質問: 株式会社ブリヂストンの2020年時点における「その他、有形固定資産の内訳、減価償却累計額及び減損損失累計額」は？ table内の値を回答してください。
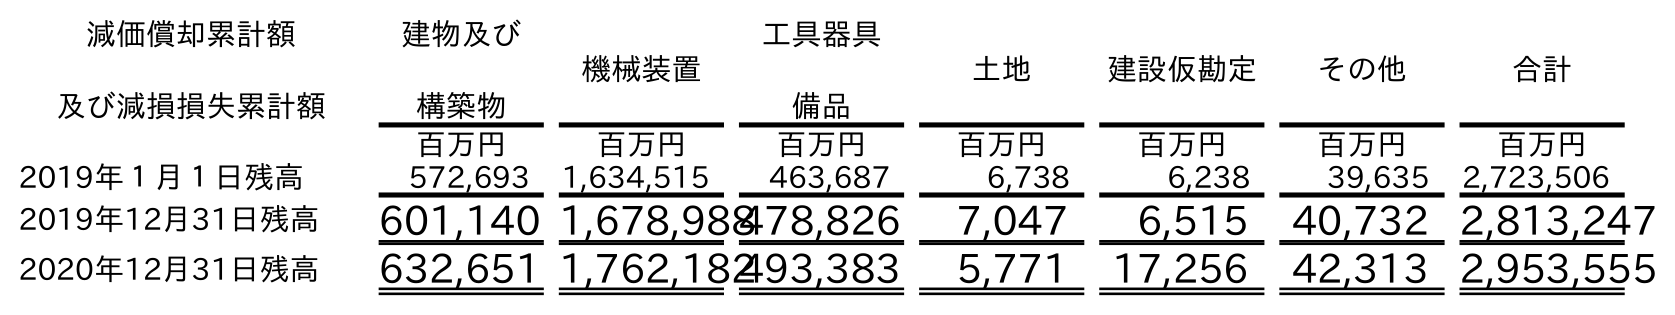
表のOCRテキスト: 減価償却累計額 及び減損損失累計額 建物及び 構築物 機械装置 工具器具 備品 土地 建設仮勘定 その他 合計 百万円 百万円 百万円 百万円 百万円 百万円 百万円 2019年１月１日残高 572,693 1,634,515 463,687 6,738 6,238 39,635 2,723,506 2019年12月31日残高 601,140 1,678,988478,826 7,047 6,515 40,732 2,813,247 2020年12月31日残高 632,651 1,762,182493,383 5,771 17,256 42,313 2,953,555
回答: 42,313